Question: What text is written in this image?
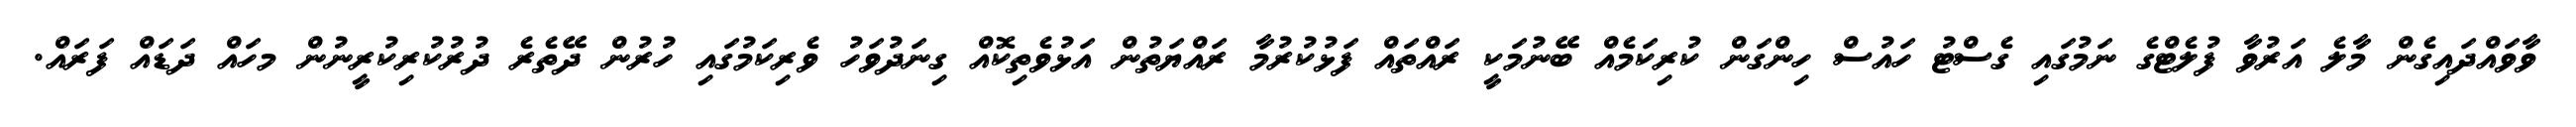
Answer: ވާވައްދައިގެން މާލެ އަރުވާ ފުލެޓްގެ ނަމުގައި ގެސްޓު ހައުސް ހިންގަން ކުރިކަމެއް ބޭނުމަކީ ރައްތައް ފަޅުކުރުމާ ރައްޔަތުން އަޅުވެތިކޮއް ގިނަދުވަހު ވެރިކަމުގައި ހުރުން ދޭތެރެ ދުރުކުރިކުރީނުން މހައް ދަޑައް ފަރައް.